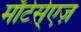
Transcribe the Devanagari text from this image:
माॅर्टर्स्एज़